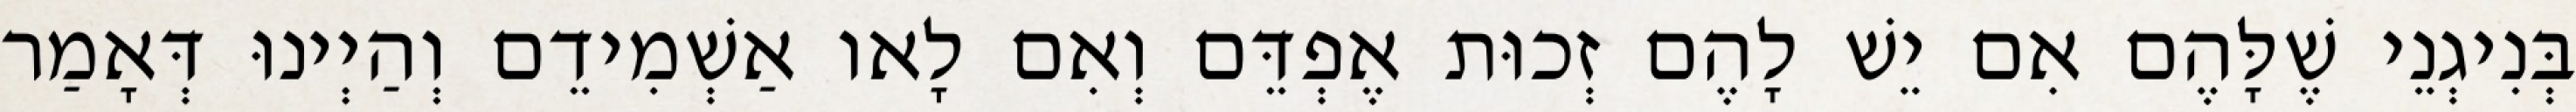
בְּנִיגְנֵי שֶׁלָּהֶם אִם יֵשׁ לָהֶם זְכוּת אֶפְדֵּם וְאִם לָאו אַשְׁמִידֵם וְהַיְינוּ דְּאָמַר